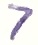
Text: 7